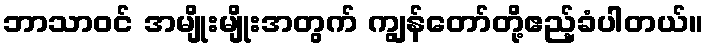
ဘာသာဝင် အမျိုးမျိုးအတွက် ကျွန်တော်တို့ဧည့်ခံပါတယ်။